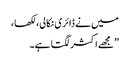
میں نے ڈائری نکالی، لکھا،
”مجھے اکثر لگتا ہے۔